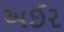
અઈર